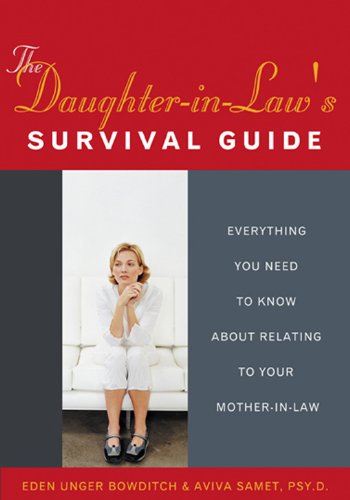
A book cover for The Daughter-In-Law's Survival Guide: Everything You Need to Know about Relating to Your Mother-In-Law (Women Talk About); Eden Unger Bowditch; Parenting & Relationships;